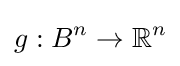
g:B^{n}\to \mathbb {R} ^{n}